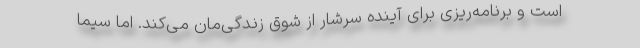
است و برنامه‌ریزی برای آینده سرشار از شوق زندگی‌مان می‌کند. اما سیما